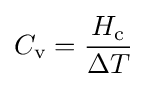
C_{\text{v}}={H_{\text{c}} \over \Delta T}